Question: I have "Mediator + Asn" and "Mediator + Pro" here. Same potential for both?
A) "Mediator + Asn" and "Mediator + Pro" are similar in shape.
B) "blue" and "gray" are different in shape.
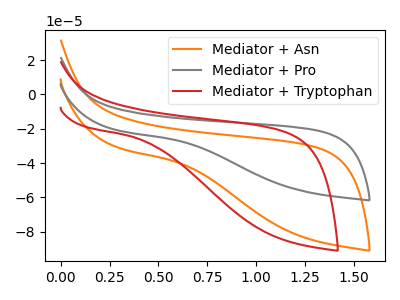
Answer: <think>The orange curve "Mediator + Asn" has no peaks. The gray curve "Mediator + Pro" has no peaks. The red curve "Mediator + Tryptophan" has no peaks.
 Neither "Mediator + Asn" or "Mediator + Pro" have any peaks.</think>
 <answer>A) "Mediator + Asn" and "Mediator + Pro" are similar in shape.</answer>
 <eval>A</eval>